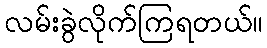
လမ်းခွဲလိုက်ကြရတယ်။